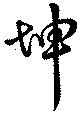
坤